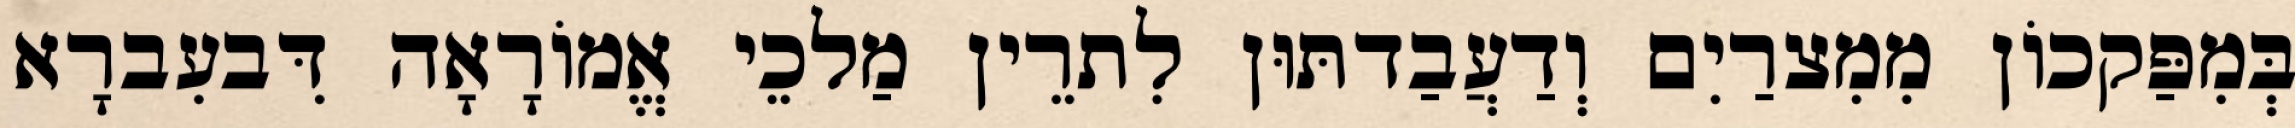
בְּמִפַּקכוֹן מִמִצרַיִם וְדַעֲבַדתּוּן לִתרֵין מַלכֵי אֱמוֹרָאָה דִּבעִברָא